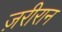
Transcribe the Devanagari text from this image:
ज़रीरान